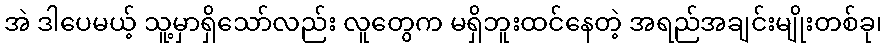
အဲ ဒါပေမယ့် သူ့မှာရှိသော်လည်း လူတွေက မရှိဘူးထင်နေတဲ့ အရည်အချင်းမျိုးတစ်ခု၊